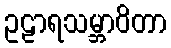
ဥဠာရသမ္ဘာဝိတာ